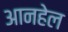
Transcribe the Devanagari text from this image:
आनहेल